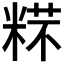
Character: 𱹋